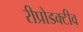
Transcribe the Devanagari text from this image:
रीप्रोडक्टीव